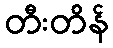
တီးတိန်